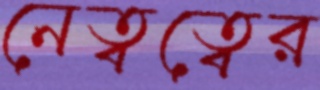
নেত্বত্বের